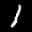
Digit: 1